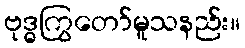
ဗုဒ္ဓကြွတော်မူသနည်း။